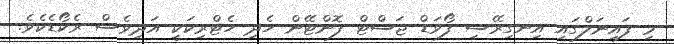
މި ފައިނަލްގައި އިނގިރޭސި ފޯވަޑް ޖަސްޓް ފޮންޓޭން ހެދި ހެޓްރިކަކީ އަދިވެސް ރެކޯޑެކެވެ.